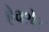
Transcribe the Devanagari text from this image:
हेक्शेर